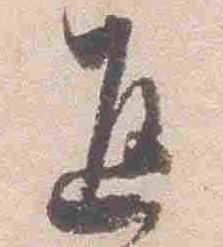
返